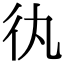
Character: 𢓃